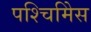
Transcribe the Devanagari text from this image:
पश्चिमिेस